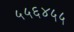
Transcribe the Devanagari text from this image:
५५६४५५